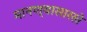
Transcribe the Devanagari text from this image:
मानण्यासारखे